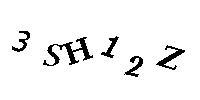
3SH12Z